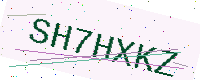
Text: SH7HXKZ